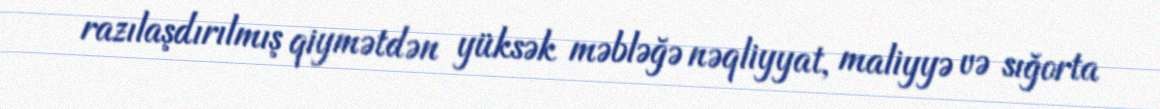
razılaşdırılmış qiymətdən yüksək məbləğə nəqliyyat, maliyyə və sığorta